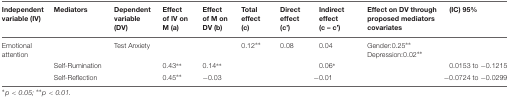
| Independent variable (IV) | Mediators | Dependent variable (DV) | Effect of IV on M (a) | Effect of M on DV (b) | Total effect (c) | Direct effect (c’) | Indirect effect (c – c’) | Effect on DV through proposed mediators covariates | (IC) 95% |
 | --- | --- | --- | --- | --- | --- | --- | --- | --- | --- |
 | Emotional attention |  | Test Anxiety |  |  | 0.12∗∗ | 0.08 | 0.04 | Gender:0.25∗∗ Depression:0.02∗∗ |  |
 |  | Self-Rumination |  | 0.43∗∗ | 0.14∗∗ |  |  | 0.06∗ |  | 0.0153 to -0.1215 |
 |  | Self-Reflection |  | 0.45∗∗ | -0.03 |  |  | -0.01 |  | -0.0724 to -0.0299 |